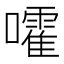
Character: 嚯